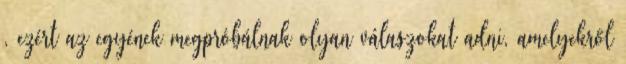
, ezért az egyének megpróbálnak olyan válaszokat adni, amelyekről